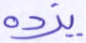
يزده